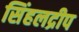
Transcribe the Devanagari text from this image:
सिंहलद्रीप